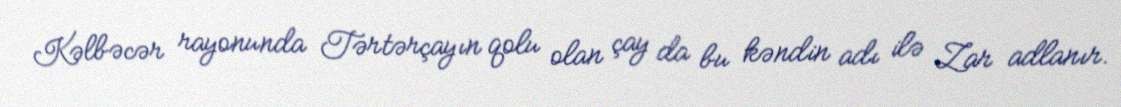
Kəlbəcər rayonunda Tərtərçayın qolu olan çay da bu kəndin adı ilə Zar adlanır.